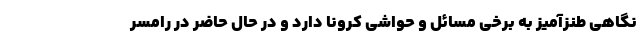
نگاهی طنزآمیز به برخی مسائل و حواشی کرونا دارد و در حال حاضر در رامسر